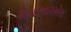
આઇઆરએસ